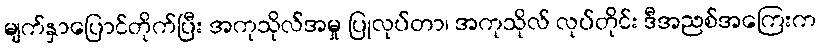
မျက်နှာပြောင်တိုက်ပြီး အကုသိုလ်အမှု ပြုလုပ်တာ၊ အကုသိုလ် လုပ်တိုင်း ဒီအညစ်အကြေးက